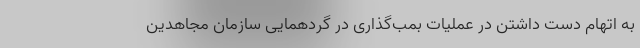
به اتهام دست داشتن در عملیات بمب‌گذاری در گردهمایی سازمان مجاهدین